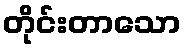
တိုင်းတာသော